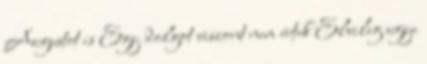
Augustot is Egy dolgot viszont nem értek Elvileg ugye